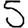
Digit: 5